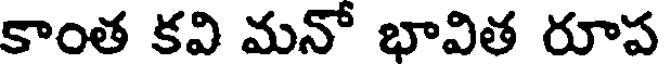
కాంత కవి మనో భావిత రూప